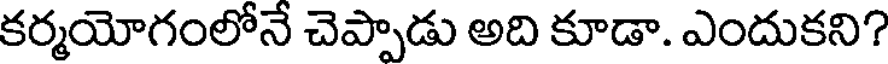
కర్మయోగంలోనే చెప్పాడు అది కూడా. ఎందుకని?